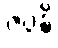
ဇဂ္ဂန္တိ